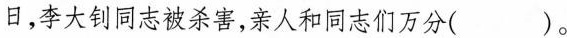
日，李大钊同志被杀害，亲人和同志们万分( )。